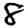
Digit: 8